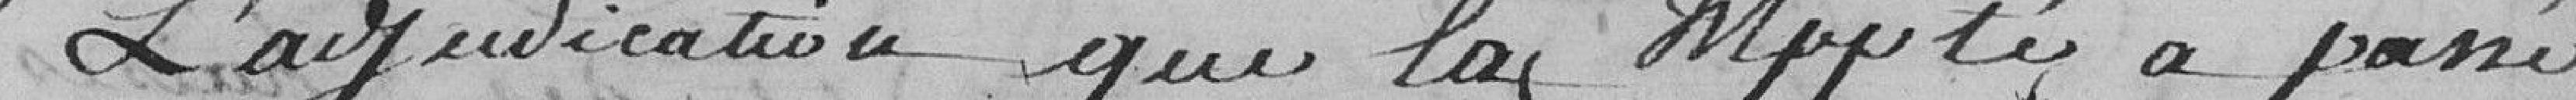
L'adjudication que la Municipalité a passé